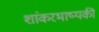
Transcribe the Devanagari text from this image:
शांकरभाष्यकी